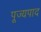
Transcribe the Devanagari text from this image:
पूज्‍यपाद